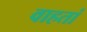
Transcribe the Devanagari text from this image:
वाहतां